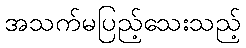
အသက်မပြည့်သေးသည့်